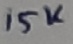
Text: 15K